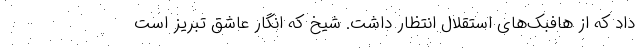
داد که از هافبک‌های استقلال انتظار داشت. شیخ که انگار عاشق تبریز است